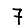
Digit: 7